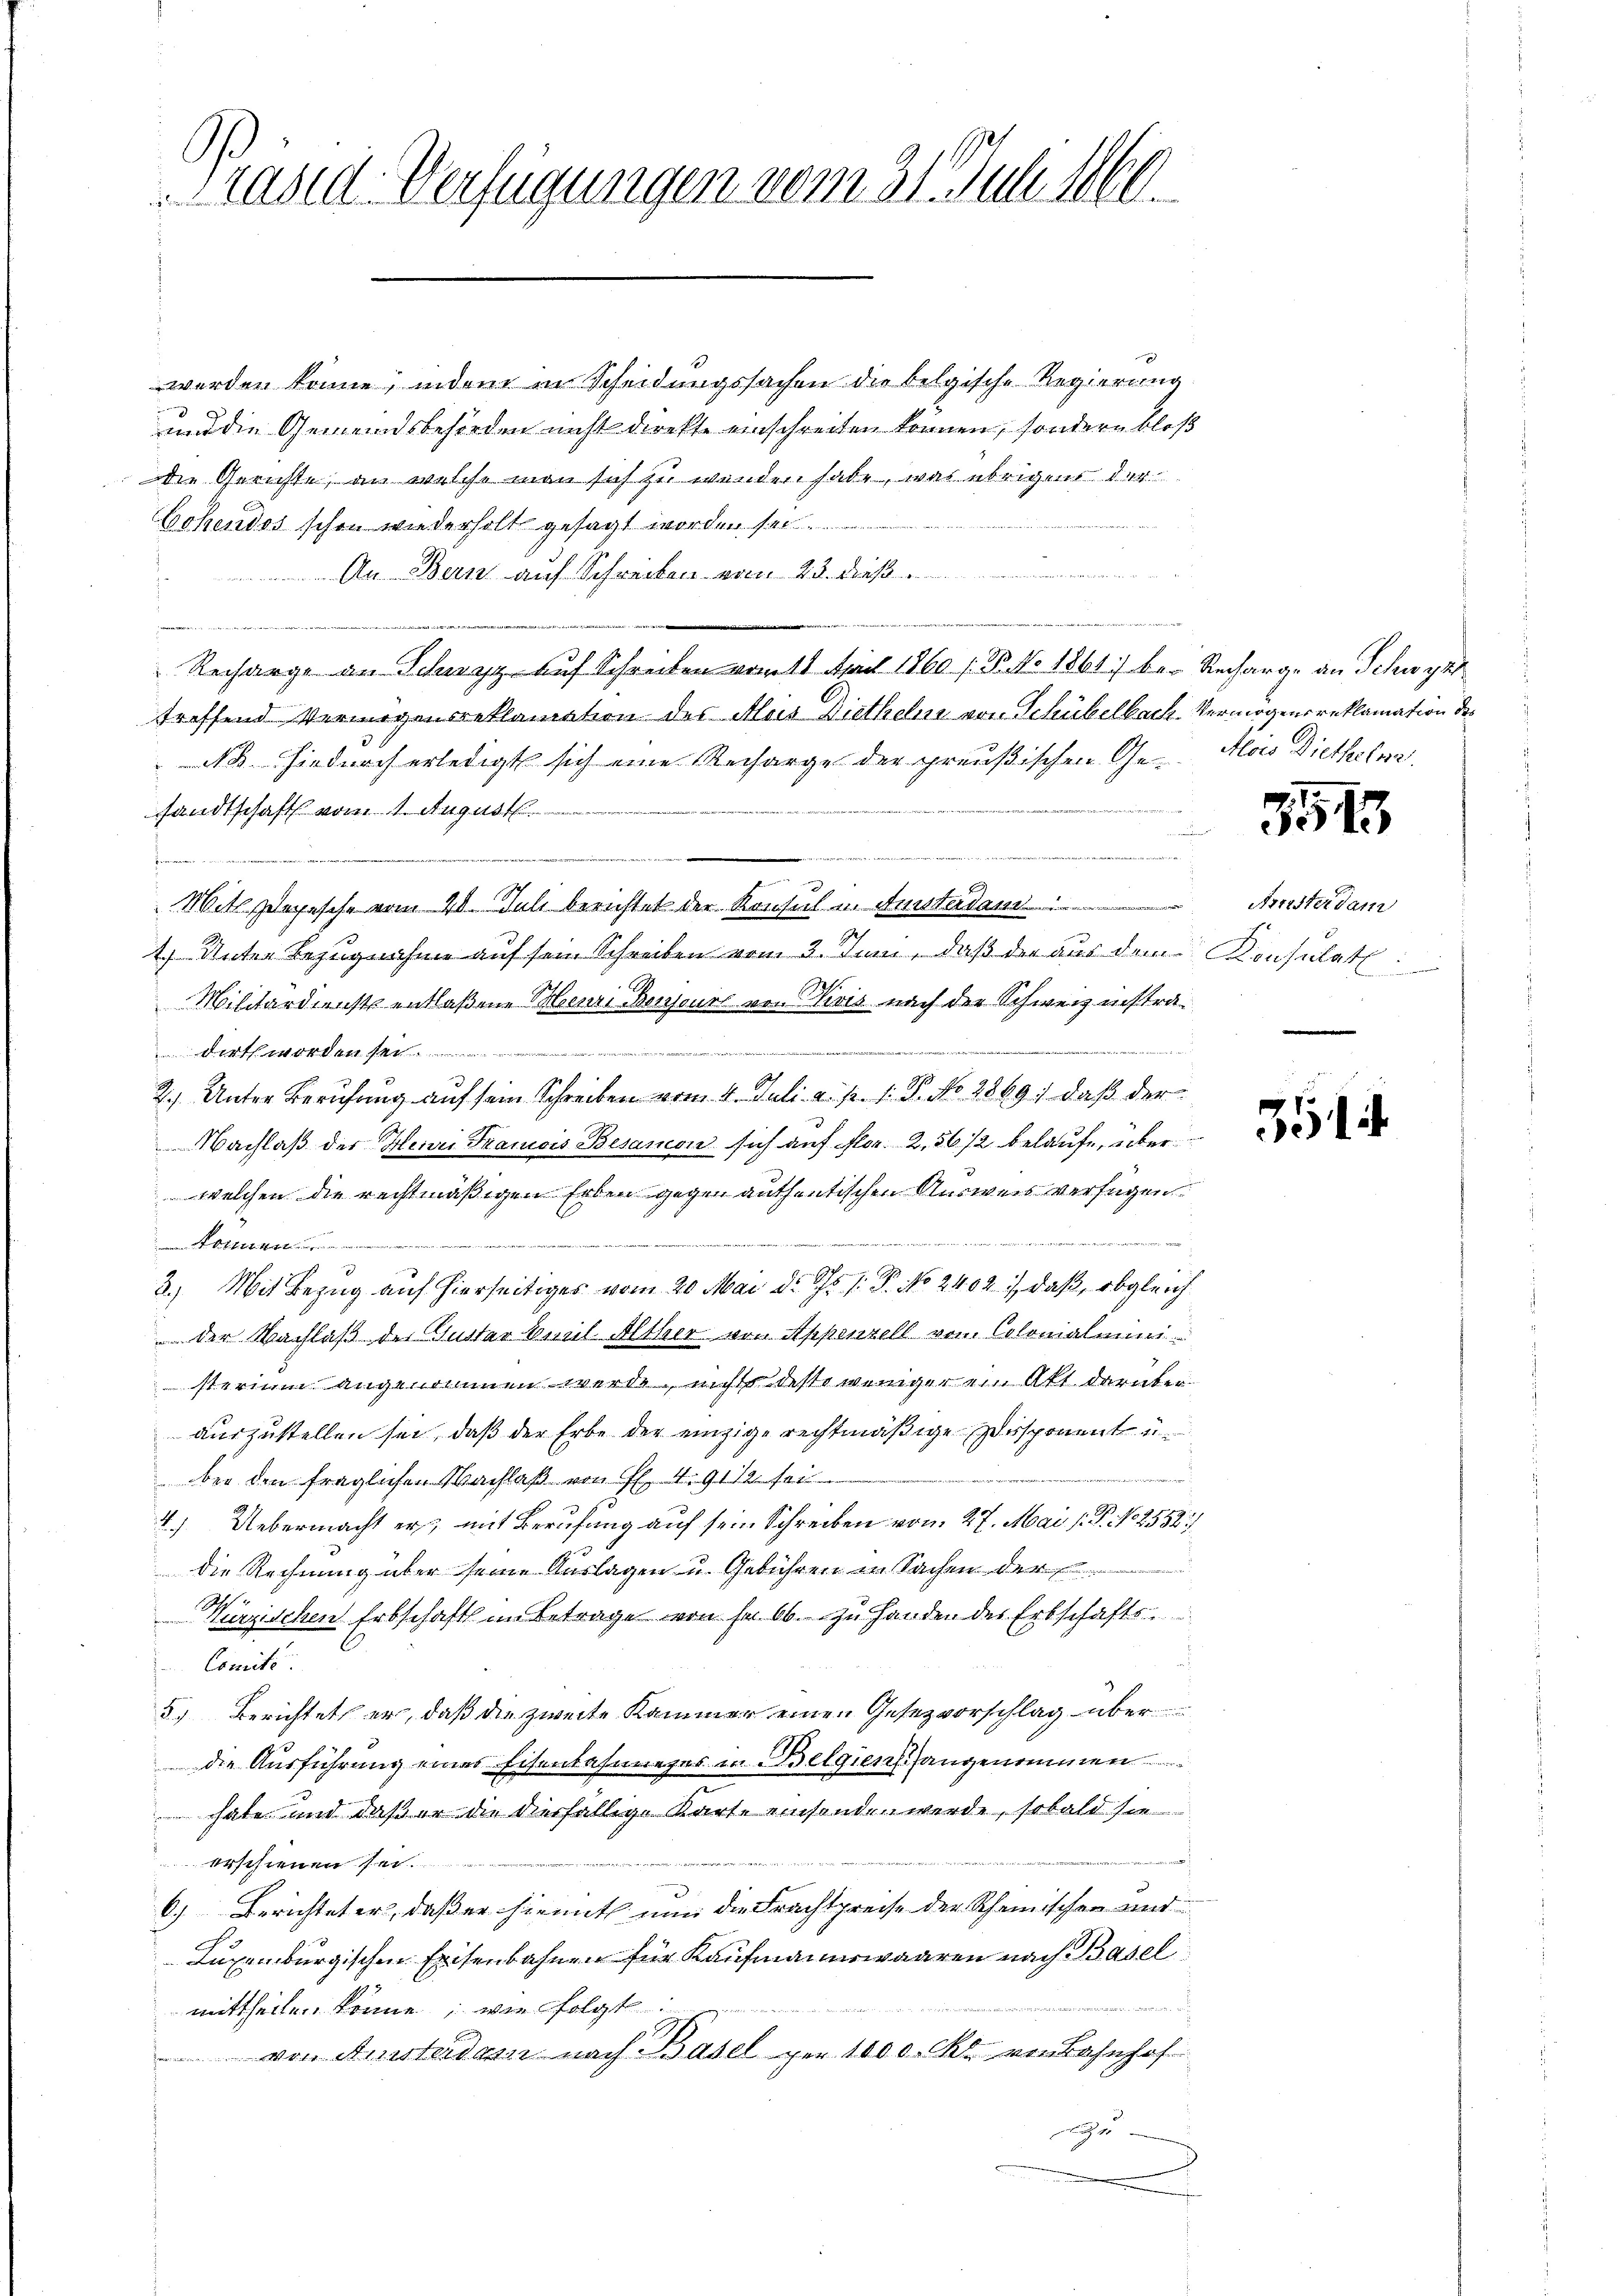
Präsid-Verfügungen vom 31. Juni 1860.

werden könne, indem in Scheidungssachen die belgische Regierung
und die Gemeindsbehörden nicht direkte einschreiten können, sondern bloß
die Gerichte, an welche man sich zu wenden habe, was übrigens der
Cohendos schon wiederholt gesagt worden se
n
An Bern auf Schreiben vom 23. dieß
t

Recharge an Schwyz auf Schreiben vom 11. April 1860 / B. No 1861 bei Recharge an Schwyt
treffend Vermögensreklamation des Alois Brethelm von Schübelbach Vermögensreklamation des
NB. Hiedurch erledigt sich eine Recharge der preußischen Ge- Alois Dietheln,
sandtschaft vom 1. August.
e
m
ieer in einer
Mitlepesche vom 20. Juli berichtet der Konsul u. Amsterdan
1 Unter Bezugnahme auf sein Schreiben vom 3. Juni, daß der aus dem Konsulat:
Militardienst entlaßene Menzionsours von Divis nach der Schweiz instra¬
 1440. 44 f
2.) Unter Berufung auf sein Schreiben vom 4. Juli a. p. 1. P. No 2869; daß der
Nachlaß der Henri Tranois Besamon sich auf Fr. 2, 56 1/2 belaufe, über
welchen die rechtmäßigen Erben gegen anthentischen Ausweis verfügen.
2
A
3.) Mit Bezug auf hierseitiges vom 20. Mai d. Js. f. P. No 2402), daß, obgleich
 der Nachlaß der Gustarbres Alther von Appenzell vom Colonialmini
sterium angenommen werde, nichts desto weniger ein Akt darüberauszustellen sei, daß der Erbe der einzige rechtmäßige Desponent u.
g
ber den fraglichen Nachlaß von E. 9112 f
.) Uebermacht er, mit Berufung auf sein Schreiben vom 27. Mai l. P. No 2552/
die Rechnung über seine Auslagen u. Gebühren in Sachen der
Würzischen Erbschaft im Betrage von fr 66. zu Handen des Erbschafts-
Concili
5) Berichtet er, daß die zweite Kammer einen Gesezvorschlag über
die Ausführung eines Eisenbahnnefes in Belgienhangenommen.
 habe und daß er die diesfällige Karte einsenden werde, sobald sie
u treten
   der
erschienen sei.
6.) Berichteter, daß er hiemit nun die Frachtpreise der Schemischen und
Luxenburgischen Exisenbahnen für Kaufmannswaaren nach Basel

mittheilen könne; wie folgt
von Aussterdam nach Basel per 1000. Kr. von Bahnhof
e

145

Arrester dam

354.